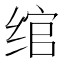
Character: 绾